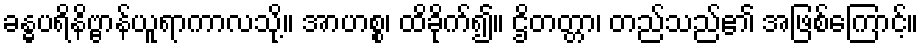
ခန္ဓပရိနိဗ္ဗာန်ယူရာကာလသို့။ အာဟစ္စ၊ ထိခိုက်၍။ ဌိတတ္တာ၊ တည်သည်၏ အဖြစ်ကြောင့်။